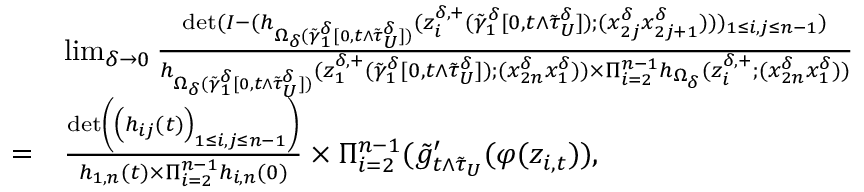
\begin{array} { r l } & { \operatorname* { l i m } _ { \delta \to 0 } \frac { \operatorname* { d e t } ( I - ( h _ { \Omega _ { \delta } ( \tilde { \gamma } _ { 1 } ^ { \delta } [ 0 , t \wedge \tilde { \tau } _ { U } ^ { \delta } ] ) } ( z _ { i } ^ { \delta , + } ( \tilde { \gamma } _ { 1 } ^ { \delta } [ 0 , t \wedge \tilde { \tau } _ { U } ^ { \delta } ] ) ; ( x _ { 2 j } ^ { \delta } x _ { 2 j + 1 } ^ { \delta } ) ) ) _ { 1 \le i , j \le n - 1 } ) } { h _ { \Omega _ { \delta } ( \tilde { \gamma } _ { 1 } ^ { \delta } [ 0 , t \wedge \tilde { \tau } _ { U } ^ { \delta } ] ) } ( z _ { 1 } ^ { \delta , + } ( \tilde { \gamma } _ { 1 } ^ { \delta } [ 0 , t \wedge \tilde { \tau } _ { U } ^ { \delta } ] ) ; ( x _ { 2 n } ^ { \delta } x _ { 1 } ^ { \delta } ) ) \times \Pi _ { i = 2 } ^ { n - 1 } h _ { \Omega _ { \delta } } ( z _ { i } ^ { \delta , + } ; ( x _ { 2 n } ^ { \delta } x _ { 1 } ^ { \delta } ) ) } } \\ { = } & { \frac { \operatorname* { d e t } \left( \left( h _ { i j } ( t ) \right) _ { 1 \le i , j \le n - 1 } \right) } { h _ { 1 , n } ( t ) \times \Pi _ { i = 2 } ^ { n - 1 } h _ { i , n } ( 0 ) } \times \Pi _ { i = 2 } ^ { n - 1 } ( \tilde { g } _ { t \wedge \tilde { \tau } _ { U } } ^ { \prime } ( \varphi ( z _ { i , t } ) ) , } \end{array}